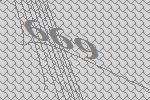
669